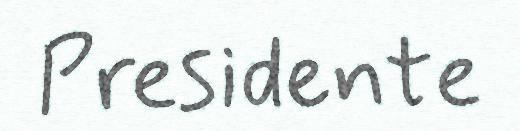
Presidente